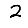
Digit: 2